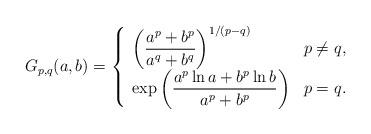
LaTeX: \begin{align*}G_{p,q}(a,b)=\left\{ \begin{array}{ll}\left( {\dfrac{a^{p}+b^{p}}{a^{q}+b^{q}}}\right) ^{1/(p-q)} & p\neq q, \\ \exp \left( \dfrac{a^{p}\ln a+b^{p}\ln b}{a^{p}+b^{p}}\right) & {p=q.}\end{array}\right. \end{align*}